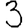
Digit: 3